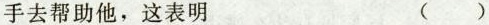
手去帮助他，这表明 ()